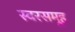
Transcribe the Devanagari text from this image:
स्वरसमूह